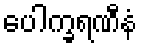
ပေါက္ခရဏီနံ